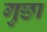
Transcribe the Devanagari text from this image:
गुछा